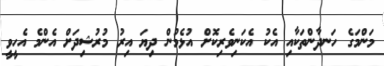
މަންމަގެ ހަނދާންތަކާއި އެކު އެކަނިވެރިކޮށް އުޅެމުން ދިޔަ އިރު މުރުޝިދަށް އެންމެ އެހީވީ